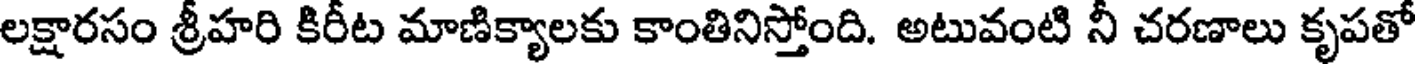
లక్షారసం శ్రీహరి కిరీట మాణిక్యాలకు కాంతినిస్తోంది. అటువంటి నీ చరణాలు కృపతో